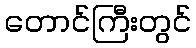
တောင်ကြီးတွင်